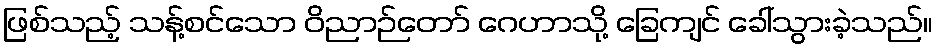
ဖြစ်သည့် သန့်စင်သော ဝိညာဉ်တော် ဂေဟာသို့ ခြေကျင် ခေါ်သွားခဲ့သည်။